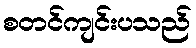
စတင်ကျင်းပသည်